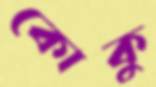
কোকু